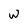
Character: w